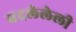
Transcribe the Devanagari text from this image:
बदलेलेली